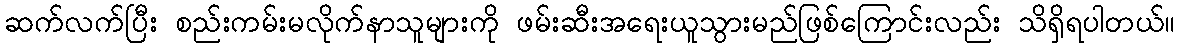
ဆက်လက်ပြီး စည်းကမ်းမလိုက်နာသူများကို ဖမ်းဆီးအရေးယူသွားမည်ဖြစ်ကြောင်းလည်း သိရှိရပါတယ်။